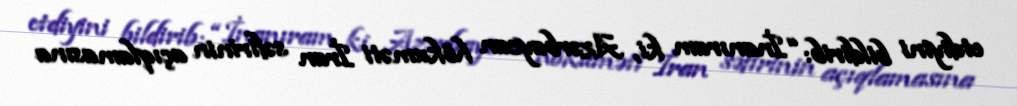
etdiyini bildirib: “İnanıram ki, Azərbaycan hökuməti İran səfirinin açıqlamasına